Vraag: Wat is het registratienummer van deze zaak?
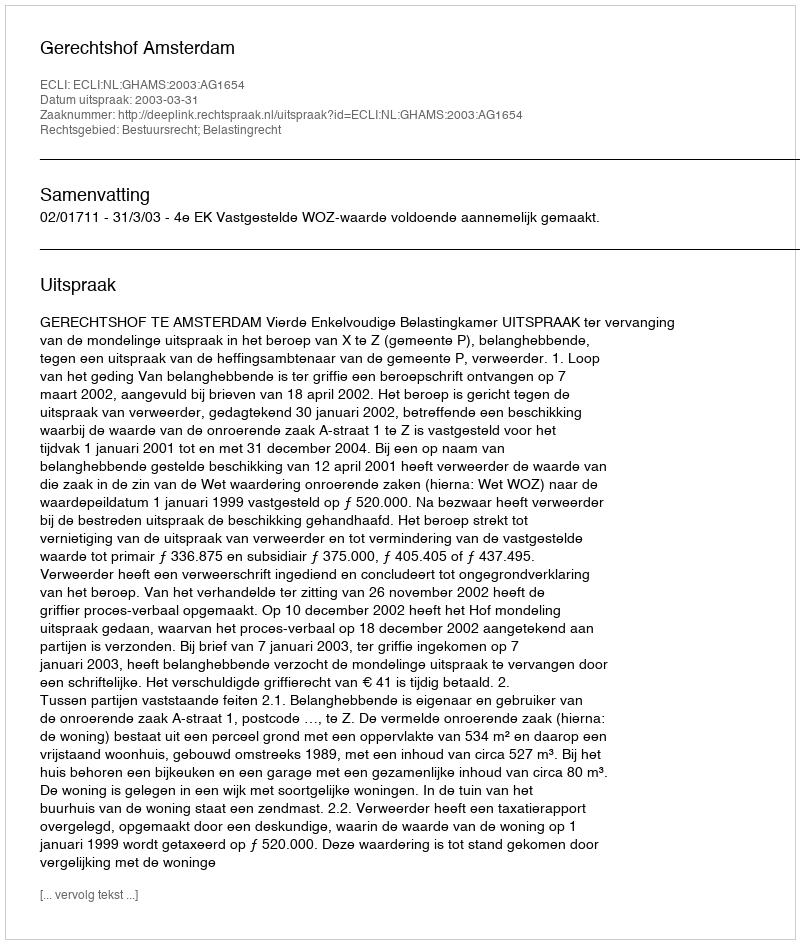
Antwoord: http://deeplink.rechtspraak.nl/uitspraak?id=ECLI:NL:GHAMS:2003:AG1654